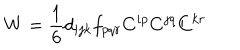
LaTeX: W = \frac { 1 } { 6 } d _ { i j k } f _ { p q r } C ^ { i p } C ^ { j q } C ^ { k r }